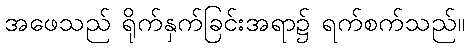
အဖေသည် ရိုက်နှက်ခြင်းအရာ၌ ရက်စက်သည်။